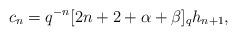
LaTeX: \begin{align*}c_n=q^{-n}[2n+2+\alpha+\beta]_qh_{n+1},\end{align*}